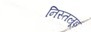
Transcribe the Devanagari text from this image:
निस्तल्रूइ